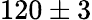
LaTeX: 120\pm 3